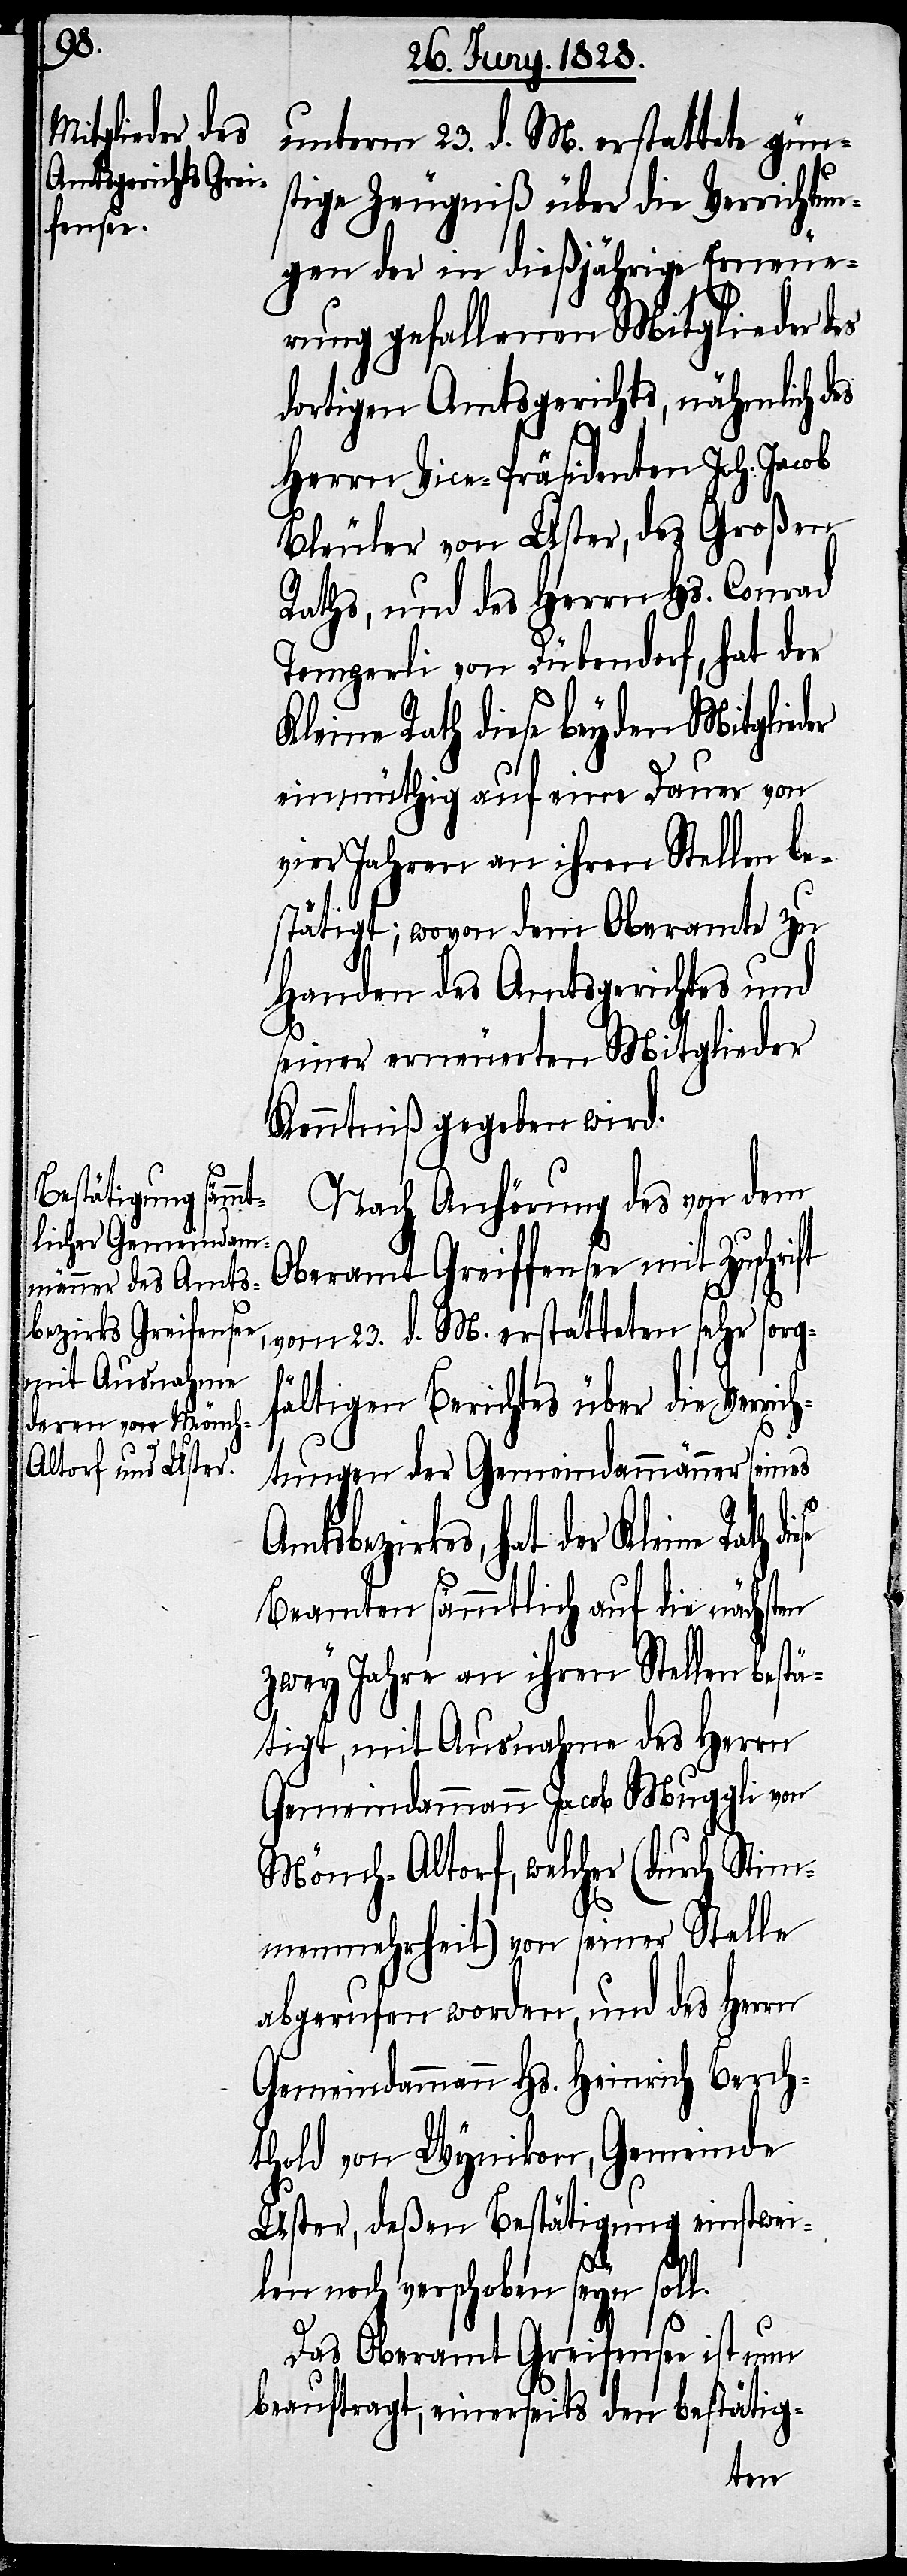
l.

unterm 23. d. M. erstattete gün¬
stige Zeugniß über die Verrichtun¬
gen der in dießjährige Erneue¬
rung gefallenen Mitglieder
dortigen Amtsgerichts, nähmlich d¬
Herrn Vice-Präsidenten Joh. Jacob
Bleuler von Uster, des Großen
Raths, und des Herrn Hs. Conrad
Temperli von Dübendorf, hat der
Kleine Rath diese beyden Mitglieder
einmüthig auf eine Dauer von
vier Jahren an ihren Stellen be¬
stätigt; wovon dem Oberamte zu
Handen des Amtsgerichtes und
seiner erneuerten Mitglieder
Kenntniß gegeben wird.
Nach Anhörung des von dem
Oberamt Greiffensee mit Zuschrift
vom 23. d. M. erstatteten sehr sorg¬
es
fältigen Berichtes über die Verrich¬
tungen der Gemeindammänner seines
Kleine Rath diese
Beamten sämtlich auf die nächsten
zwey Jahre an ihren Stellen bestä¬
tigt, mit Ausnahme des Herrn
Gemeindammann Jacob Muggli von
Mönch-Altorf, welcher (durch Stim¬
menmehrheit) von seiner Stelle
abgerufen worden, und des Herrn
Gemeindammann Hs. Heinrich Berch¬
thold von Wynikon, Gemeinde
Uster, deßen Bestätigung einstwei¬
len noch verschoben seyn sol¬
Das Oberamt Greifensee ist nun
beauftragt, einerseits den bestätig-